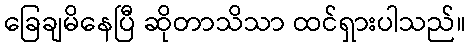
ခြေချမိနေပြီ ဆိုတာသိသာ ထင်ရှားပါသည်။